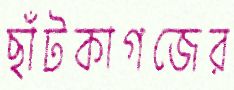
ছাঁটকাগজের